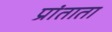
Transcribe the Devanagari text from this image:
प्रांताता